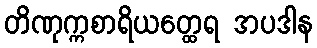
တိဏုက္ကစာရိယတ္ထေရ အပဒါန